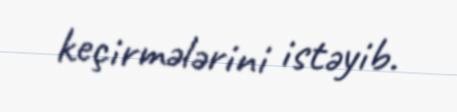
keçirmələrini istəyib.